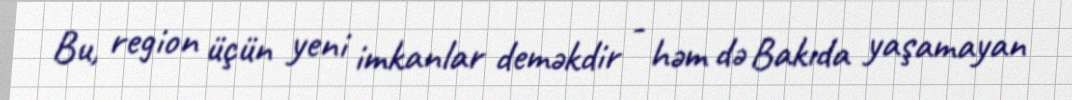
Bu, region üçün yeni imkanlar deməkdir - həm də Bakıda yaşamayan